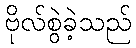
ဗိုလ်စွဲခဲ့သည်